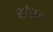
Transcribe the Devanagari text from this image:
संत८